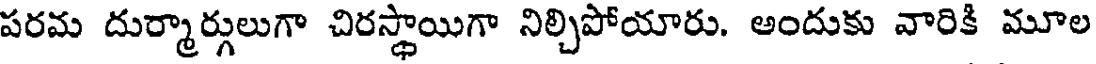
పరమ దుర్మార్గులుగా చిరస్థాయిగా నిల్చిపోయారు. అందుకు వారికి మూల